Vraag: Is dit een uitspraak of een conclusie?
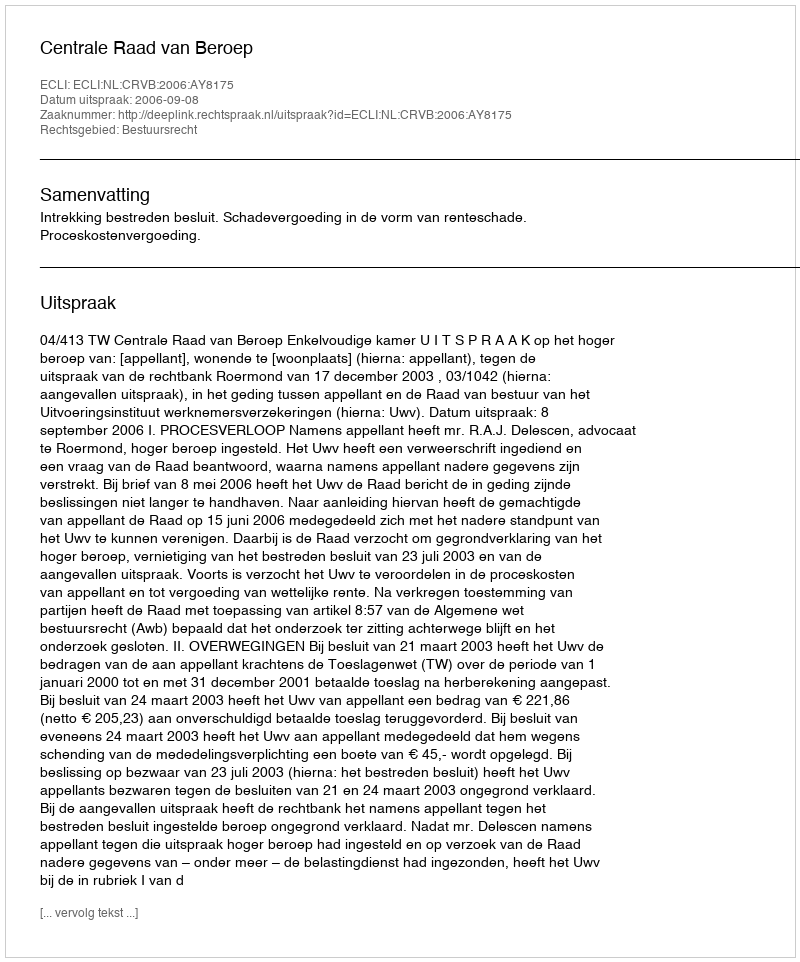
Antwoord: Uitspraak